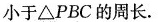
小于△PBC的周长。